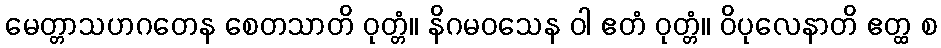
မေတ္တာသဟဂတေန စေတသာတိ ဝုတ္တံ။ နိဂမဝသေန ဝါ ဧတံ ဝုတ္တံ။ ဝိပုလေနာတိ ဧတ္ထ စ